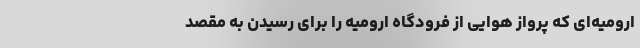
ارومیه‌ای که پرواز هوایی از فرودگاه ارومیه را برای رسیدن به مقصد